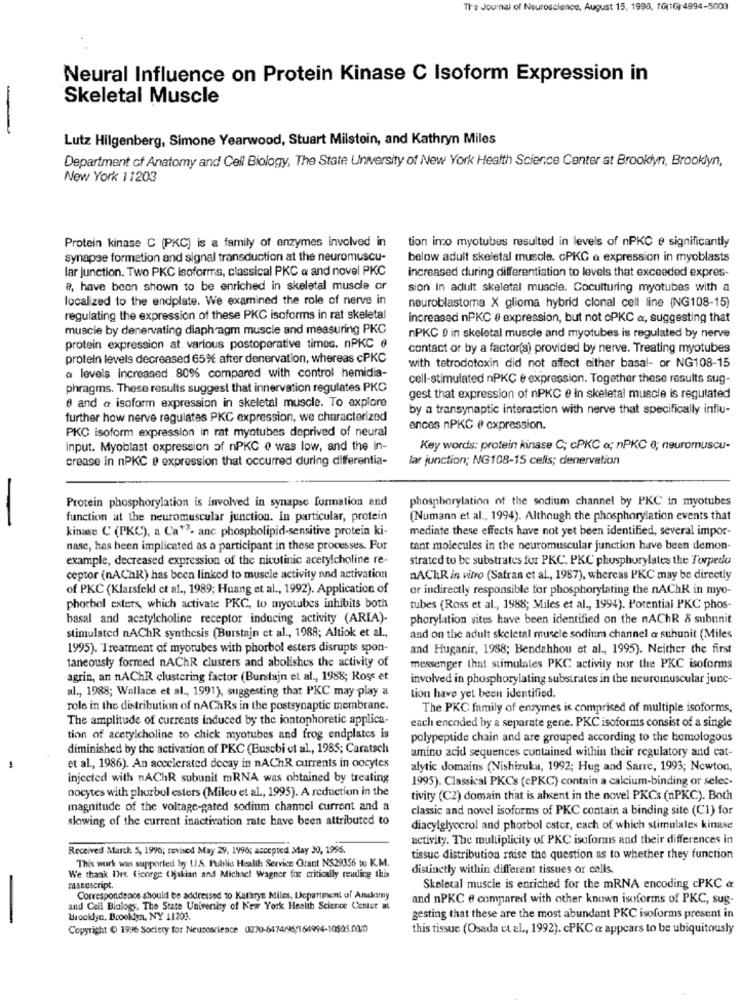
The Journal of Neuroscience, August 15, 1993, 10(16) 4994-5003
Neural Influence on Protein Kinase C Isoform Expression in
Skeletal Muscle
-
Lutz Hilgenberg, Simone Yearwood, Stuart Milstein, and Kathryn Miles
Department of Anatomy and Cell Biology, The State University of New York Health Science Center at Brooklyn, Brooklyn,
New York 11203
tion imo myotubes resulted in levels of nPKC e significantly
Protein kinase C (PKC) is a family of enzymes involved in
synapse formation and signal transduction at the neuromuscu-
below adult skeletal muscle. cPKC & expression in myoblasts
lar junction. Two PKC isoforms, classical PKC a and novel PKC
Increased during differentiation to levels that exceeded expres-
8, have been shown to be enriched in skeletal muscle or
sion In adult skeletal muscle. Coculturing myotubes with a
localized to the endplate. We examined the role of nerve in
neuroblastoma X glioma hybrid clonal cell line {NG108-15)
regulating the expression of these PKC isoforms in rat skeletal
increased nPKC & expression, but not oPKC a, suggesting that
muscle by denervating diaphragm muscle and measuring PKC
nPKC 0 in skeletal muscle and myotubes is regulated by nerve
protein expression at. various postoperative timos. nPKC 6
contact or by a factor(s) provided by nerve. Treating myotubes
protein levels decreased 65 after denervation, whereas cPKC
a levels increased 80% compared with control hemidia-
with tetrodotoxin did not affect either basal- or NG108-15
cell-stimulated nPKC e expression. Together these results sug-
phragms. These results suggest that innervation regulates PKC
0 and a isoform expression in skeletal muscle. To explore
gest that expression of nPKC 0 in skeletal muscle is regulated
by a transynaptic interaction with nerve that specifically influ-
further how nerve regulates PKC expression, we characterized
PKC isoform expression in rat myotubes deprived of neural
ences nPKC # cxpression.
input. Myoblast oxpression of nPKC 0 was low, and the in-
Key words: protein kinase C; cPKC o; nPKC 0; neuromuscu-
crease in nPKC e expression that occurred during differentia-
lar junction; NG108-15 cells; denervation
Protein phosphorylation is involved in synapse formation and
phosphorylation of the sodium channel by PKC in myotubes
-
function at the neuromuscular junction. In particular, protein
(Numann et al ., 1994). Although the phosphorylation events that
kinase C (PKC), a Ca12- anc phospholipid-sensitive protein ki-
mediate these effects have not yet been identified, several impor-
nase, has been implicated as a participant in these processes. For
tant molecules in the neuromuscular junction have been demon-
example, decreased expression of the nicotinic acetylcholine re-
strated to be substrates for PKC. PKC phosphorylates the Torpedo
ceptor (nAChR) has been linked to muscle activity and activation
nAChR in vitro (Safran et al ., 1987), whereas PKC may be directly
of PKC (Klarsfeld et al ., 1989; Huang et al ., 1992). Application of
or indirectly responsible for phosphorylating the nAChR in myo-
phorbol esters, which activate PKC, to miyotubes inhibits both
tubes (Ross et al ., 1988; Miles et al ., 1994). Potential PKC phos-
basal and acetylcholine receptor inducing activity (ARIA).
phorylation sites have been identified on the nAChR & subunit
stimulated nAChR synthesis (Burstajn et al ., 1988; Altiok et al .,
and on the adult skeletal muscle sodium channel a suhunit (Miles
1995). Treatment of myotubes with phorbol esters disrupts spon-
and Huganir, 1988; Bendahhou et al ., 1995). Neither the first
taneously formed nAChR clusters and abolishes the activity of
messenger that stimulales PKC activity nor the PKC isoforms
agrin, an nAChR clustering factor (Burstajn et al ., 1988; Rose et
involved in phosphorylating substrates in the neuromuscular junc-
al ., 1988; Wallace et al ., 1991), suggesting that PKC may play a
Lion have yet been identified.
role in the distribution of nAChRs in the postsynaptic membrane.
The PKC family of enzymes is comprised of multiple isoforms.
The amplitude of currents induced by the iontophoretic applica-
each encoded by a separate gene. PKC isoforms consist of a single
tion of acetylcholine to chick myotubes and frog endplates is
polypeptide chain and are grouped according to the homologous
diminished by the activation of PKC (Eusebi et al ., 1985; Caratsch
amino acid sequences contained within their regulatory and cat-
-
et al ., 1986). An accelerated decay in nAChR currents in oocytes
alytic domains (Nishizuka, 1992; Hug and Sarre, 1993; Newton,
injected with nAChR subunit mRNA was obtained by treating
1995). Classical PKCs (cPKC) contain a calcium-binding or selec-
oocytes with phurbul esters (Mileu et al ., 1995). A reduction in the
tivity (C2) domain that is absent in the novel PKCs (nPKC). Both
magnitude of the voltage-gated sodium channel current and a
classic and novel isoforms of PKC contain a binding site (C1) for
slowing of the current inactivation rate have been attributed to
diacylglycerol and phorbol ester, each of which stimulalex kinase
activity. The multiplicity of PKC isoforms and their differences in
Received March: 5, 1996; revised May 29, 1996; accepted May 30, 1996.
This work was supported by 11.5. Public Health Service Grant NS29356 to K.M.
tissuc distribution raise the question as to whether they function
distinctly within different tissues or cells.
We thank Dre Gionrge (Mjakian and Michael Wagner for critically reading this
manoscript.
Skeletal muscle is enriched for the mRNA encoding cPKC &
Correspondence should be addressed to Kathryn Miles, Department of Andomy
and nPKC # compared with other known isoforms of PKC, sug-
and Cell Biology, The State University of Ker York Health Science Center as
Brookdyn, Brooklyn, NY 11203.
gesting that these are the most abundant PKC isoforms present in
Copyright ( 1996 Society for Neuroscience 0270-6474/96,764994-10505.00.00
this tissue (Osada et al ., 1992). cPKC a appears to be ubiquitously